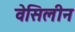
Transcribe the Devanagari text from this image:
वेसिलीन